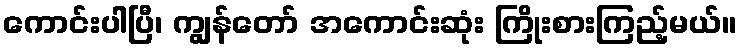
ကောင်းပါပြီ၊ ကျွန်တော် အကောင်းဆုံး ကြိုးစားကြည့်မယ်။